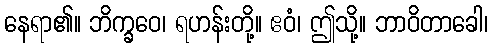
နေရာ၏။ ဘိက္ခဝေ၊ ရဟန်းတို့။ ဧဝံ၊ ဤသို့။ ဘာဝိတာခေါ၊